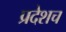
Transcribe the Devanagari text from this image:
प्रदेशच